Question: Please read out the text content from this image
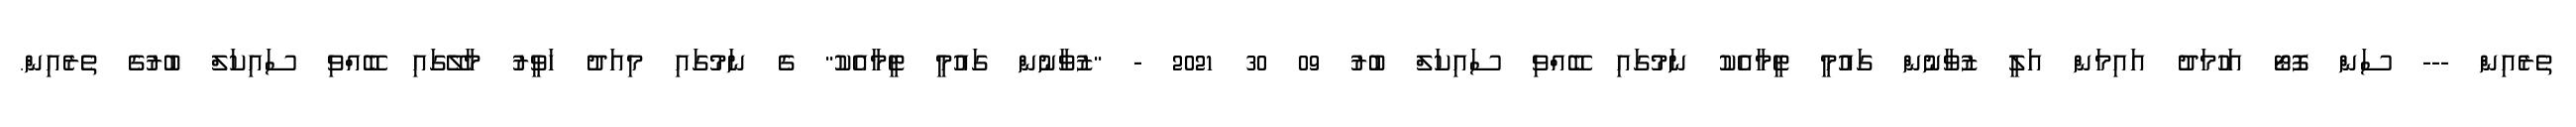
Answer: ތެރެއިން --- ސަން ފޮޓޯ އަހުމަދު އައިމަން އަލީ ޒުވާނުން ގައުމީ ޓީމާއެކު ނަމުގައި ބޭއްވި ސައިކަލް ބުރު 09 30 2021 - "ޒުވާނުން ގައުމީ ޓީމާއެކު" ގެ ނަމުގައި މިއަދު ހަވީރު މާލޭގައި ބޭއްވި ސައިކަލް ބުރުގެ ތެރެއިން.